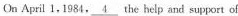
On April 1, 1984, 4the help and support of